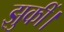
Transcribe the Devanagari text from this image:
झुकीं।